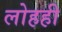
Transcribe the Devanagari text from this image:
लोहही